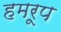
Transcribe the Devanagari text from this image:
हमरूप